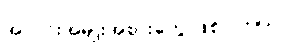
အလင်းအမျိုးအစားတွေ ဖြစ်ပါတယ်။